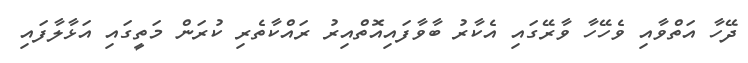
ދޭހާ އަތްވާއި ވެހޭހާ ވާރޭގައި އެކާރު ބާވާފައިއޮތްއިރު ރައްކާތެރި ކުރަން މަތީގައި އަޅާލާފައި